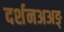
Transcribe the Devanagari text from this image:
दर्शनअअङ्